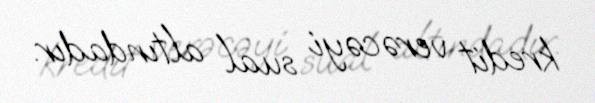
kredit verəcəyi sual altındadır.